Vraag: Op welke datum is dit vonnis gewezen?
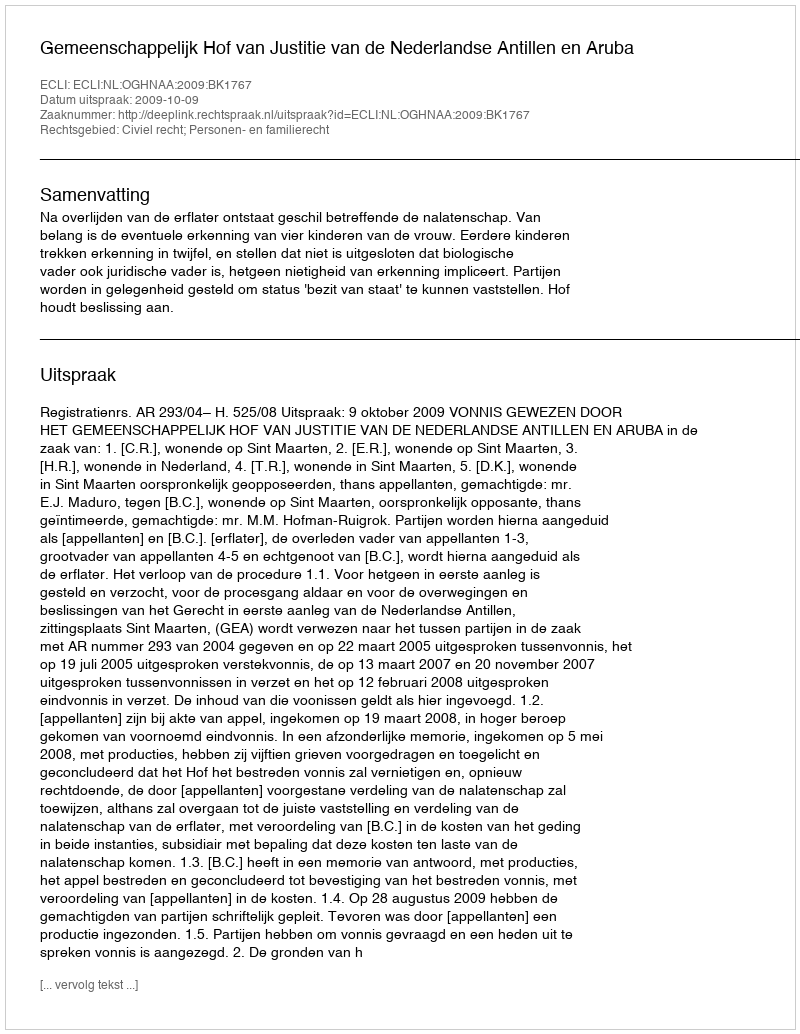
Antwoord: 2009-10-09